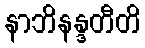
နာဘိနန္ဒတီတိ